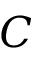
C